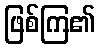
ဖြစ်ကြ၏